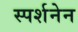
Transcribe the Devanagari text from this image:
स्पर्शनेन